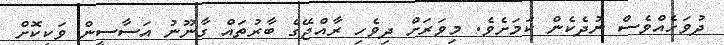
ދުވަހެއްވެސް ނުދެކެން ކަމަށެވެ. މިވަރަށް ދިވެހި ރާއްޖޭގެ ބާރުތައް ގާނޫނު އަސާސީން ވަކިކޮށް